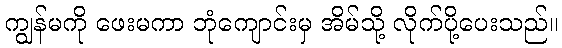
ကျွန်မကို ဖေးမကာ ဘုံကျောင်းမှ အိမ်သို့ လိုက်ပို့ပေးသည်။